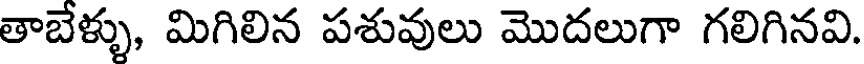
తాబేళ్ళు, మిగిలిన పశువులు మొదలుగా గలిగినవి.